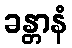
ခန္တာနံ